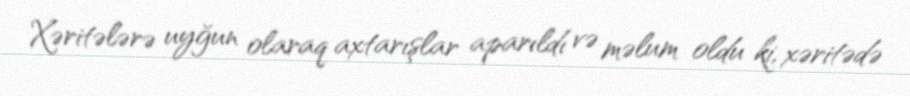
Xəritələrə uyğun olaraq axtarışlar aparıldı və məlum oldu ki, xəritədə